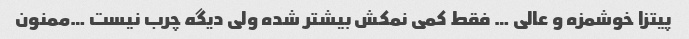
پیتزا خوشمزه و عالی … فقط کمی نمکش بیشتر شده ولی دیگه چرب نیست …ممنون